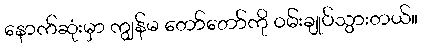
နောက်ဆုံးမှာ ကျွန်မ တော်တော်ကို ဝမ်းချုပ်သွားတယ်။